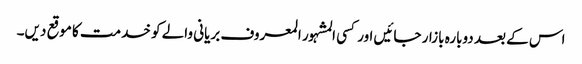
اس کے بعد دوبارہ بازار جائیں اور کسی المشہور المعروف بریانی والے کو خدمت کا موقع دیں۔